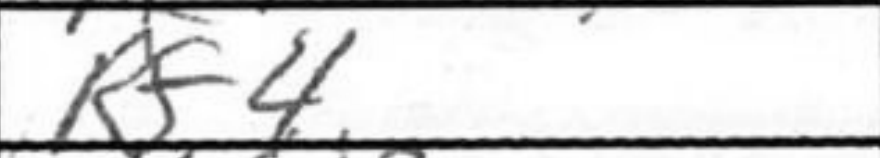
Transcription: Rf4